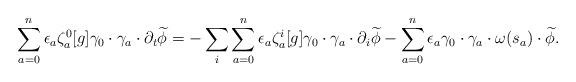
LaTeX: \begin{align*}\sum_{a=0}^n \epsilon_a \zeta^0_a[g] \gamma_0 \cdot \gamma_a \cdot \partial_t \widetilde{\phi} = -\sum_{i} \sum_{a=0}^n \epsilon_a \zeta^{i}_a[g] \gamma_0 \cdot \gamma_a \cdot \partial_{i} \widetilde{\phi} - \sum_{a=0}^n \epsilon_a \gamma_0 \cdot \gamma_a \cdot \omega(s_a) \cdot \widetilde{\phi}. \end{align*}